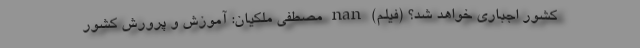
کشور اجباری خواهد شد؟ (فیلم) nan مصطفی ملکیان: آموزش و پرورش کشور